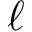
\ell